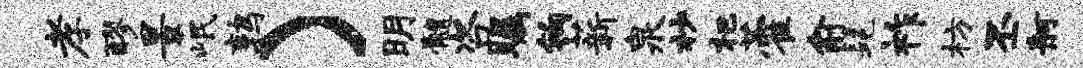
孝醪景岷鹑）明髓咨瞩钩薪泉杪杷藿俞髦祚枋丕舸